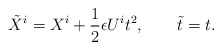
\begin{align*}{\tilde X^i} = X^i + \frac{1}{2}\epsilon U^i t^2, \qquad {\tilde t}=t .\end{align*}